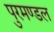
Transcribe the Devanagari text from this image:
पुरमण्डल